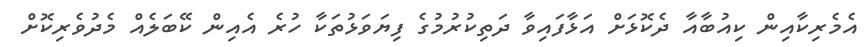
އެމެރިކާއިން ކިއުބާއާ ދެކޮޅަށް އަޅާފައިވާ ދަތިކުރުމުގެ ފިޔަވަޅުތަކާ ހުރެ އެއިން ކޭބަލެއް މެދުވެރިކޮށް